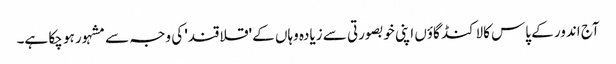
آج اندور کے پاس کالاکنڈ گاؤں اپنی خوبصورتی سے زیادہ وہاں کے 'قلاقند' کی وجہ سے مشہور ہو چکا ہے۔